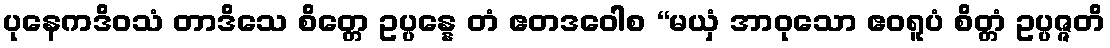
ပုနေကဒိဝသံ တာဒိသေ စိတ္တေ ဥပ္ပန္နေ တံ ဧတဒဝေါစ “မယှံ အာဝုသော ဧဝရူပံ စိတ္တံ ဥပ္ပဇ္ဇတိ